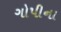
ગોપીના